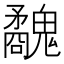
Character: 𩴢